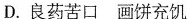
D.良药苦口画饼充饥